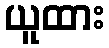
ယူထား